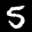
Label: 5